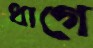
ধাগে